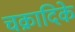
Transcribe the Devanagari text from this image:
चक्रादिके